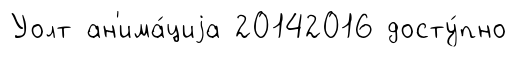
Уолт ан'има́циjа 20142016 досту́пно